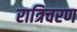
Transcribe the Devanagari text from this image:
रात्रिचरण